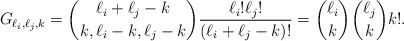
LaTeX: \begin{align*}G_{\ell_i,\ell_j,k}=\binom{\ell_i+\ell_j-k}{k,\ell_i-k,\ell_j-k}\frac{\ell_i!\ell_j!}{(\ell_i+\ell_j-k)!}=\binom{\ell_i}{k}\binom{\ell_j}{k}k!.\end{align*}